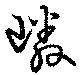
嶙